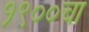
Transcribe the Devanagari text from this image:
१९००चा